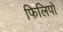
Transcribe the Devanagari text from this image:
फिलिपो